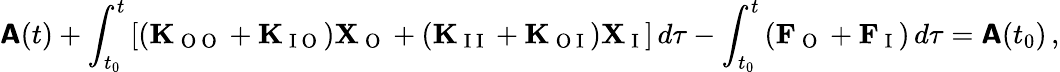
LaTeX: \boldsymbol{\mathsf{A}}(t)+\int_{t_{0}}^{t}\left[(\mathbf{K}_{\mathrm{~O~O~}}+\mathbf{K}_{\mathrm{~I~O~}})\mathbf{X}_{\mathrm{~O~}}+(\mathbf{K}_{\mathrm{~I~I~}}+\mathbf{K}_{\mathrm{~O~I~}})\mathbf{X}_{\mathrm{~I~}}\right]\, d\tau-\int_{t_{0}}^{t}\left(\mathbf{F}_{\mathrm{~O~}}+\mathbf{F}_{\mathrm{~I~}}\right)\, d\tau=\boldsymbol{\mathsf{A}}(t_{0})\, ,